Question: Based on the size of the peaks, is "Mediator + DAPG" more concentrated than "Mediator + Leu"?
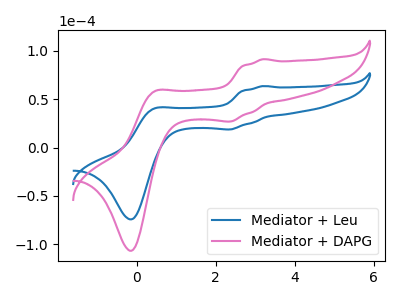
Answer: <think>The blue curve "Mediator + Leu" has anodic peaks at (3.20V, 63.50uA) (0.45V, 40.20uA) and cathodic peaks at (2.35V, 18.70uA) (-0.15V, -74.25uA). The pink curve "Mediator + DAPG" has anodic peaks at (3.20V, 91.25uA) (0.45V, 57.75uA) and cathodic peaks at (2.35V, 26.85uA) (-0.15V, -106.65uA).
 All the peaks in "Mediator + Leu" have a peak in "Mediator + DAPG" at the same potential.</think>
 <answer>I cant tell if "Mediator + Leu" or "Mediator + DAPG" has higher concentration.</answer>
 <eval>mixed_concentration</eval>